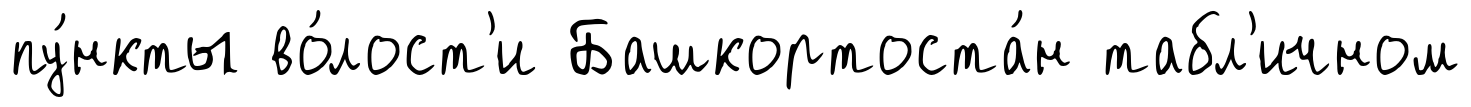
пу́нкты во́лост'и Башкортоста́н табл'ичном